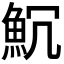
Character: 𩵨